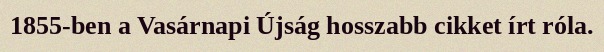
1855-ben a Vasárnapi Újság hosszabb cikket írt róla.